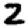
Digit: 2